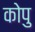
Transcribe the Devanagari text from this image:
कोपु